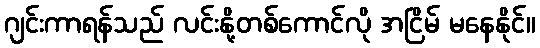
ဂျင်းကာရန်သည် လင်းနို့တစ်ကောင်လို အငြိမ် မနေနိုင်။